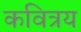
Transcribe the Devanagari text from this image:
कवित्रय